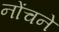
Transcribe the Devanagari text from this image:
नोंचने